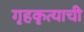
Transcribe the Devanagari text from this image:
गृहकृत्याची